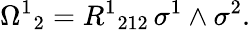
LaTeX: {\Omega^{1}}_{2}={R^{1}}_{212}\, \sigma^{1}\wedge\sigma^{2}.